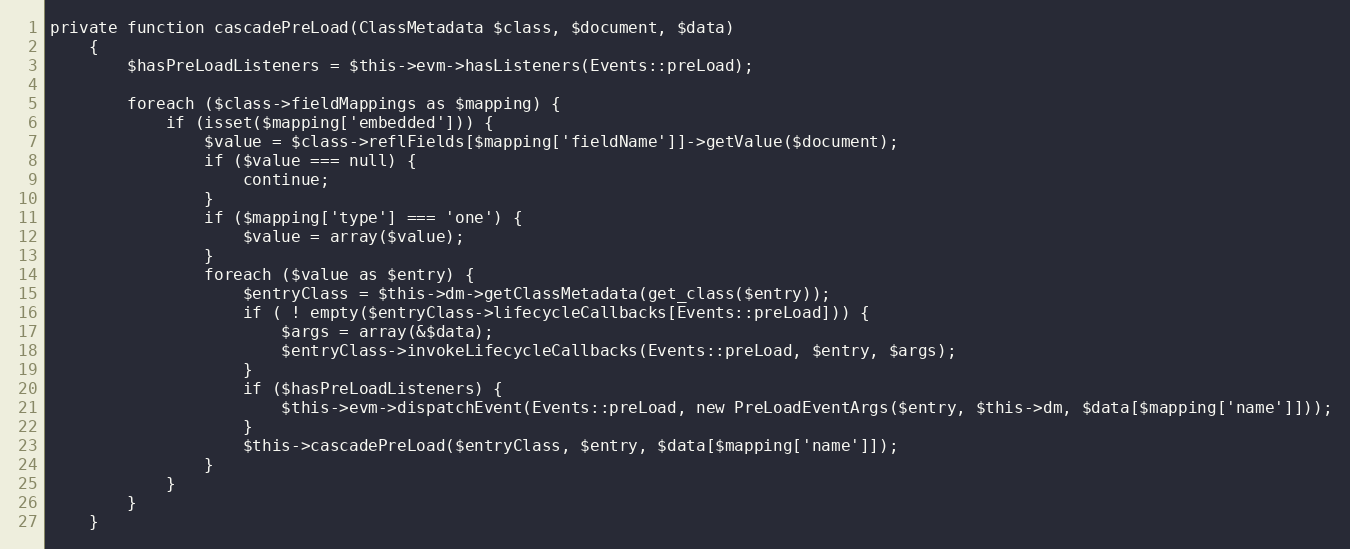
Language: PHP
private function cascadePreLoad(ClassMetadata $class, $document, $data)
    {
        $hasPreLoadListeners = $this->evm->hasListeners(Events::preLoad);

        foreach ($class->fieldMappings as $mapping) {
            if (isset($mapping['embedded'])) {
                $value = $class->reflFields[$mapping['fieldName']]->getValue($document);
                if ($value === null) {
                    continue;
                }
                if ($mapping['type'] === 'one') {
                    $value = array($value);
                }
                foreach ($value as $entry) {
                    $entryClass = $this->dm->getClassMetadata(get_class($entry));
                    if ( ! empty($entryClass->lifecycleCallbacks[Events::preLoad])) {
                        $args = array(&$data);
                        $entryClass->invokeLifecycleCallbacks(Events::preLoad, $entry, $args);
                    }
                    if ($hasPreLoadListeners) {
                        $this->evm->dispatchEvent(Events::preLoad, new PreLoadEventArgs($entry, $this->dm, $data[$mapping['name']]));
                    }
                    $this->cascadePreLoad($entryClass, $entry, $data[$mapping['name']]);
                }
            }
        }
    }